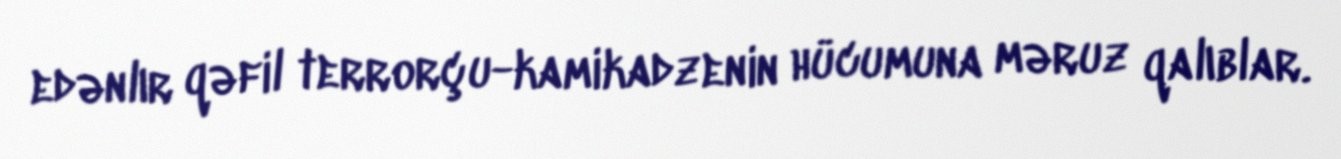
edənlır qəfil terrorçu-kamikadzenin hücumuna məruz qalıblar.